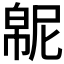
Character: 𫷍